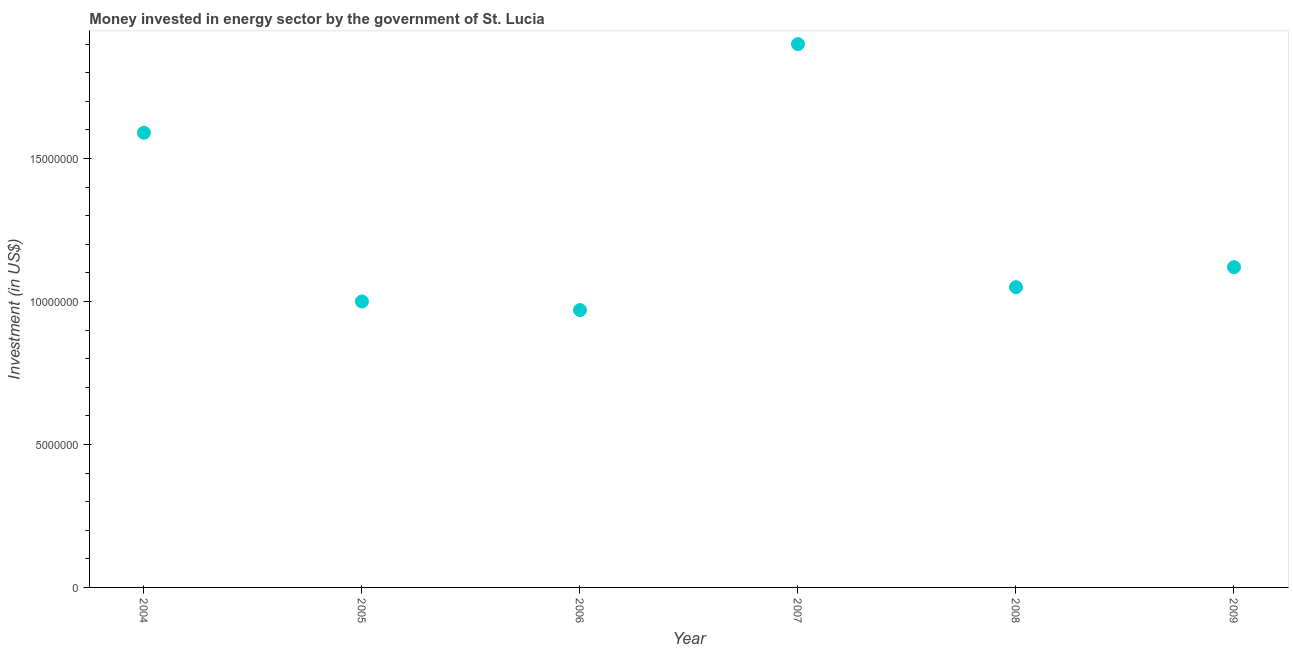
| Year | Investment in energy with private participation (current US$) |
 | --- | --- |
 | 2004 | 1.59e+07 |
 | 2005 | 1e+07 |
 | 2006 | 9.7e+06 |
 | 2007 | 1.9e+07 |
 | 2008 | 1.05e+07 |
 | 2009 | 1.12e+07 |